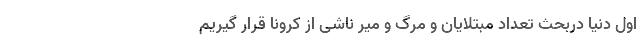
اول دنیا دربحث تعداد مبتلایان و مرگ و میر ناشی از کرونا قرار گیریم